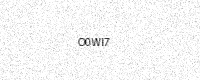
Text: O0WI7